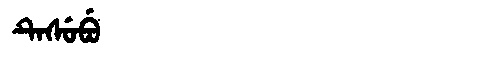
Manchu: ᡨᡝᠰᡠᠪᡠ
Romanization: TESUBU